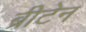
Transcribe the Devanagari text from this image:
ब्रीटेन